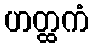
ဟတ္ထကံ